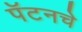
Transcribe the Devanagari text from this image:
पॅटनचे